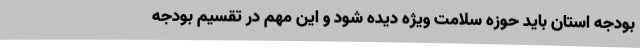
بودجه استان باید حوزه سلامت ویژه دیده شود و این مهم در تقسیم بودجه